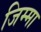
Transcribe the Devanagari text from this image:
जिम्‍मा